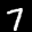
Label: 7